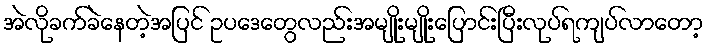
အဲလိုခက်ခဲနေတဲ့အပြင် ဥပဒေတွေလည်းအမျိုးမျိုးပြောင်းပြီးလုပ်ရကျပ်လာတော့